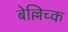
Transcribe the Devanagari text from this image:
बेल्लिच्क